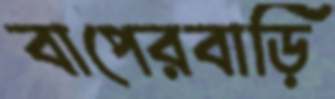
বাপেরবাড়ি